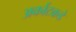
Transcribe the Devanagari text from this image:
अर्काटकडे